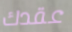
عقدك